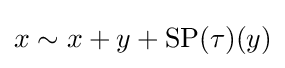
x\sim x+y+\operatorname {SP} (\tau )(y)